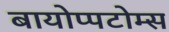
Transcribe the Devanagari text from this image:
बायोप्पटोम्स